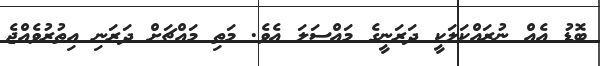
ބޮޑު އެއް ނުރައްކަލަކީ ދަރަނީގެ މައްސަލަ އެވެ. މަތި މައްޗަށް ދަރަނި އިތުރުވެއްޖެ